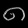
Digit: ၈